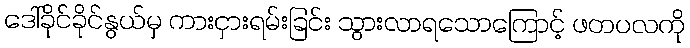
ဒေါ်ခိုင်ခိုင်နွယ်မှ ကားငှားရမ်းခြင်း သွားလာရသောကြောင့် ဖတပလကို